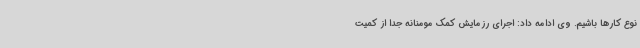
نوع کارها باشیم. وی ادامه داد: اجرای رزمایش کمک مومنانه جدا از کمیت